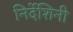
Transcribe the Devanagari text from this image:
निर्देशिनी